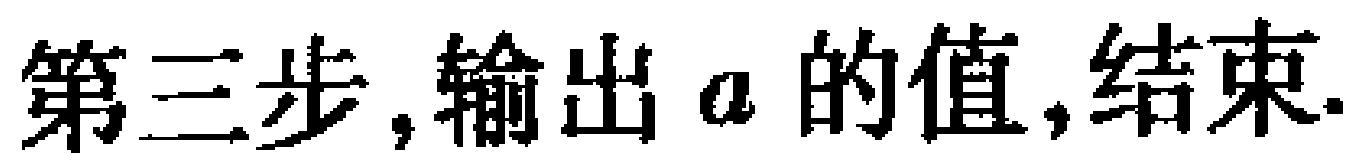
第三步,输出 \(a\) 的值,结束.